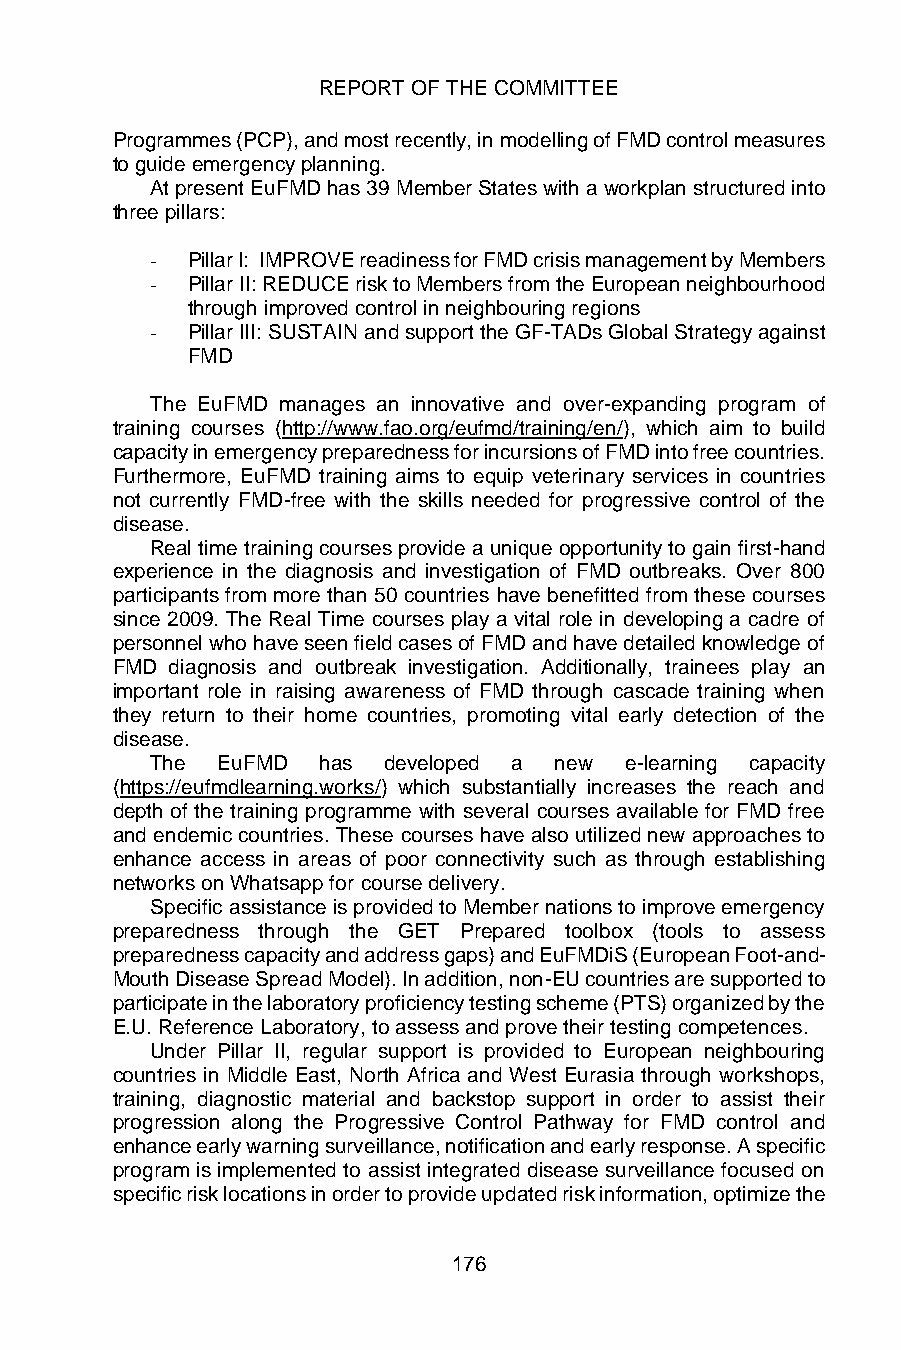
REPORT OF THE COMMITTEE
 Programmes (PCP), and most recently, in modelling of FMD control measures
 to guide emergency planning.
 At present EuFMD has 39 Member States with a workplan structured into
 three pillars:
 - Pillar I: IMPROVE readiness for FMD crisis management by Members
 - Pillar II: REDUCE risk to Members from the European neighbourhood
 through improved control in neighbouring regions
 - Pillar III: SUSTAIN and support the GF-TADs Global Strategy against
 FMD
 The EuFMD manages an innovative and over-expanding program of
 training courses (http://www.fao.org/eufmd/training/en/), which aim to build
 capacity in emergency preparedness for incursions of FMD into free countries.
 Furthermore, EuFMD training aims to equip veterinary services in countries
 not currently FMD-free with the skills needed for progressive control of the
 disease.
 Real time training courses provide a unique opportunity to gain first-hand
 experience in the diagnosis and investigation of FMD outbreaks. Over 800
 participants from more than 50 countries have benefitted from these courses
 since 2009. The Real Time courses play a vital role in developing a cadre of
 personnel who have seen field cases of FMD and have detailed knowledge of
 FMD diagnosis and outbreak investigation. Additionally, trainees play an
 important role in raising awareness of FMD through cascade training when
 they return to their home countries, promoting vital early detection of the
 disease.
 The EuFMD  has developed a new e-learning capacity
 (https://eufmdlearning.works/) which substantially increases the reach and
 depth of the training programme with several courses available for FMD free
 and endemic countries. These courses have also utilized new approaches to
 enhance access in areas of poor connectivity such as through establishing
 networks on Whatsapp for course delivery.
 Specific assistance is provided to Member nations to improve emergency
 preparedness through the GET Prepared toolbox (tools to assess
 preparedness capacity and address gaps) and EuFMDiS (European Foot-and-
 Mouth Disease Spread Model). In addition, non-EU countries are supported to
 participate in the laboratory proficiency testing scheme (PTS) organized by the
 E.U. Reference Laboratory, to assess and prove their testing competences.
 Under Pillar II, regular support is provided to European neighbouring
 countries in Middle East, North Africa and West Eurasia through workshops,
 training, diagnostic material and backstop support in order to assist their
 progression along the Progressive Control Pathway for FMD control and
 enhance early warning surveillance, notification and early response. A specific
 program is implemented to assist integrated disease surveillance focused on
 specific risk locations in order to provide updated risk information, optimize the
 176